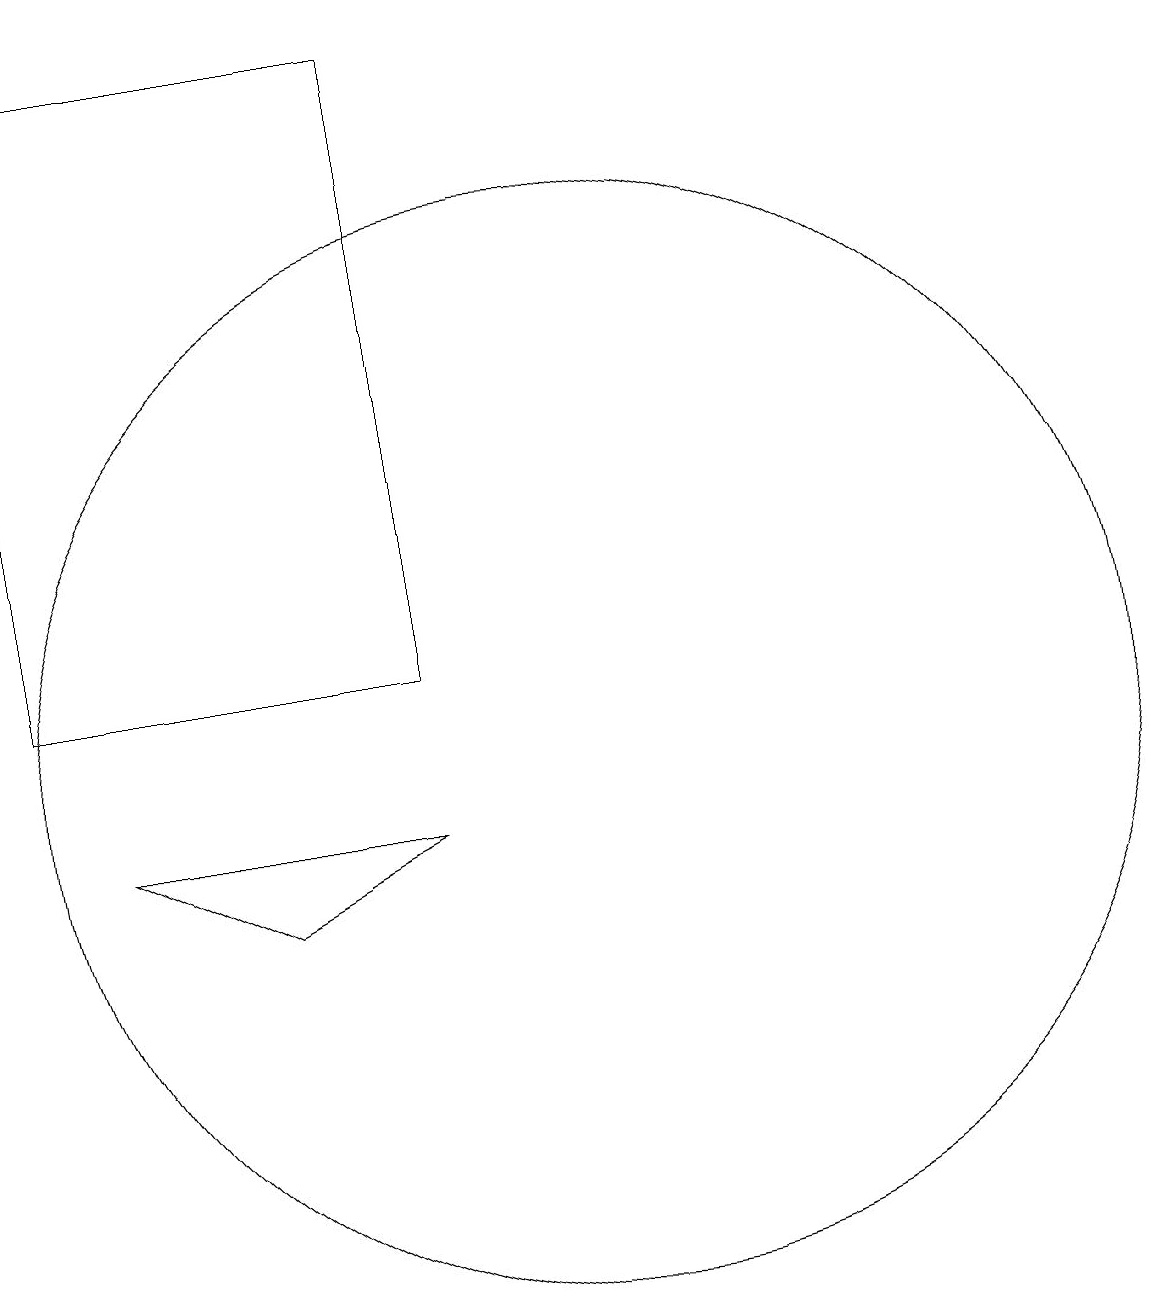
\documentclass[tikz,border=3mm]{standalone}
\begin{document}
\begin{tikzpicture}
\draw (7,8) -- (5,9) -- (9,9) -- cycle;
\draw (11,10) circle (7);
\draw (4,19) rectangle (9,11);
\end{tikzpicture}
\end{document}